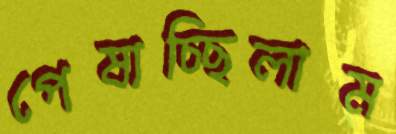
পেষাচ্ছিলাম